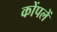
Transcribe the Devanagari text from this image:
कोंपलें